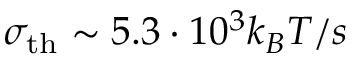
\sigma _ { \mathrm { t h } } \sim 5 . 3 \cdot 1 0 ^ { 3 } k _ { B } T / s